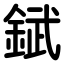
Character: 錻